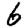
Digit: 6